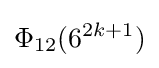
\Phi _{12}(6^{2k+1})